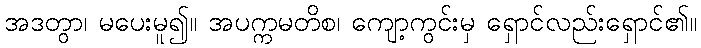
အဒတွာ၊ မပေးမူ၍။ အပက္ကမတိစ၊ ကျော့ကွင်းမှ ရှောင်လည်းရှောင်၏။